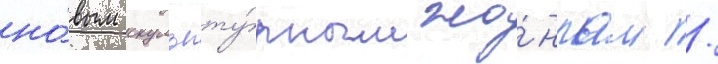
но́вым скульпту́рным жа́нрам /